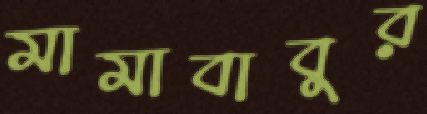
মামাবাবুর